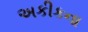
અકીકના